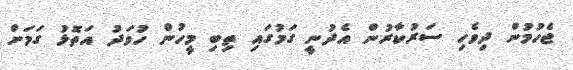
ޖެހުމުން ދިވެހި ސަރުކާރުން އެދުނީ ގަމުގައި ތިބި މީހުން ހުވަދު އަތޮޅު ގަމަށް